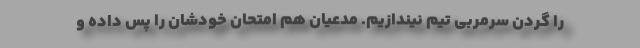
را گردن سرمربی تیم نیندازیم. مدعیان هم امتحان خودشان را پس داده و